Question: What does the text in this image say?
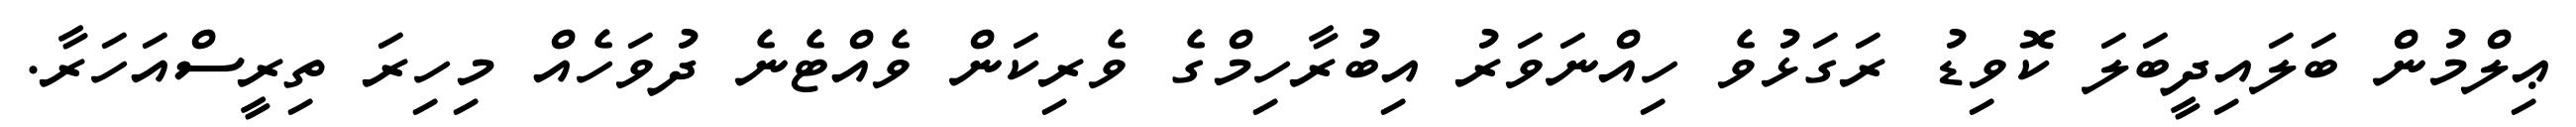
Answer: ޢިލްމުން ބަލައިދީބަލަ ކޮވިޑު ރަގަޅުވެ ހިއްނަވަރު އިބުރާހިމްގެ ވެރިކަން ވެއްޓެނެ ދުވަހެއް މިހިރަ ތިރީސްއަހަރާ.